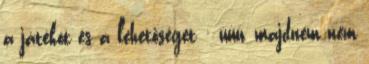
a játékot és a lehetőséget : úúú, majdnem nem